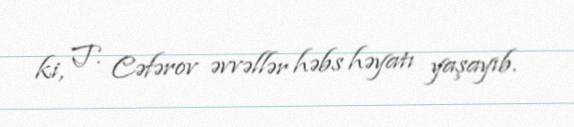
ki, T. Cəfərov əvvəllər həbs həyatı yaşayıb.